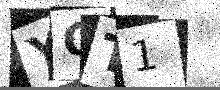
Text: YOT1